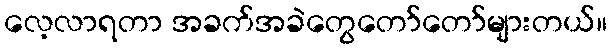
လေ့လာရတာ အခက်အခဲတွေတော်တော်များတယ်။